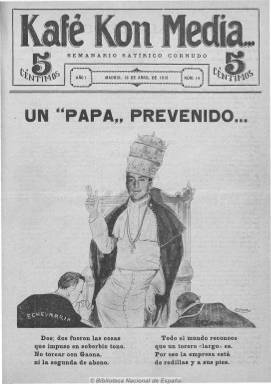
Título: Kafé kon media--
Otros títulos: Café con media || Kafé kon media
Colección: Toros
Ámbito geográfico: Madrid
Lugar de publicación: Madrid
Fechas: 18/04/1915-06/08/1916

Con el subtítulo de “semanario satírico cornudo” es la réplica a la revista taurina The kon leche (1912-1196), pues utiliza el mismo formato e idéntico diseño que esta con la que mantiene su rivalidad, tal como se refleja tanto en la confección de su cabecera como de continúo en los comentarios que publica. Igualmente de ocho páginas, salía los domingos y como director propietario aparece Don Justo, probablemente el seudónimo del crítico taurino Isidro Amorós Manso. Incluye numerosas fotografías y viñetas, y da cuenta en tono humorístico de la actualidad de la fiesta de los toros. Se decía “azote constante de empresas, ganaderos, diestros y periodistas trapaceros”.

Como rival de su sosia The kon leche, defensora de José Gómez ‘Gallito, más tarde ‘Joselito’ (1895-1920), este semanario defendió a la competidora familia en los ruedos de Juan Belmonte (1892-1962).